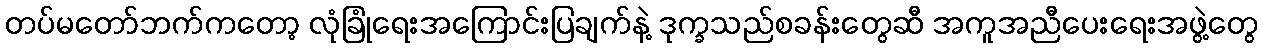
တပ်မတော်ဘက်ကတော့ လုံခြုံရေးအကြောင်းပြချက်နဲ့ ဒုက္ခသည်စခန်းတွေဆီ အကူအညီပေးရေးအဖွဲ့တွေ